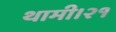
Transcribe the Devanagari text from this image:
थामी।२१